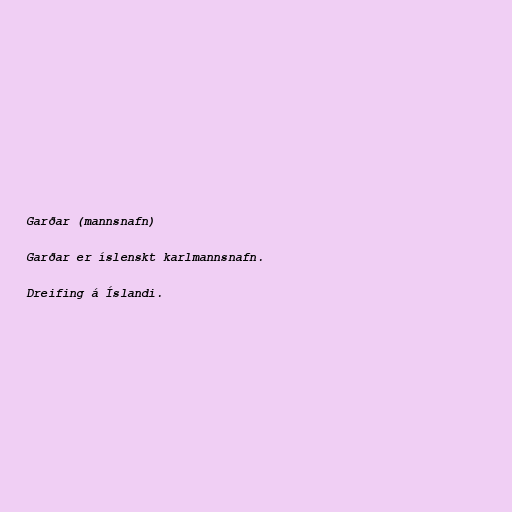
Garðar (mannsnafn)

Garðar er íslenskt karlmannsnafn.

Dreifing á Íslandi.